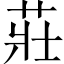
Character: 莊